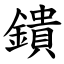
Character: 鐀